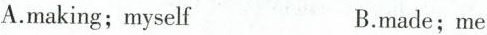
A.making; myself B.made; me